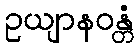
ဥယျာနဝန္တံ